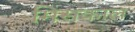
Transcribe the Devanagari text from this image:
मिसकाल